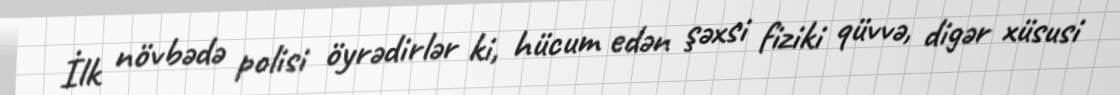
İlk növbədə polisi öyrədirlər ki, hücum edən şəxsi fiziki qüvvə, digər xüsusi